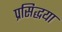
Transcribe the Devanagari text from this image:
प्रसिद्धया